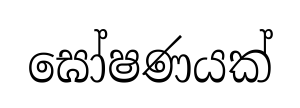
ඝෝෂණයක්